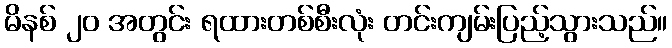
မိနစ် ၂၀ အတွင်း ရထားတစ်စီးလုံး တင်းကျမ်းပြည့်သွားသည်။